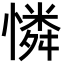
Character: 憐